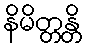
နိမိတ္တန္တိ